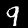
Label: 9